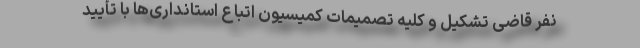
نفر قاضی تشکیل و کلیه تصمیمات کمیسیون اتباع استانداری‌ها با تأیید